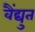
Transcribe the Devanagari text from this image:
वैंद्युत